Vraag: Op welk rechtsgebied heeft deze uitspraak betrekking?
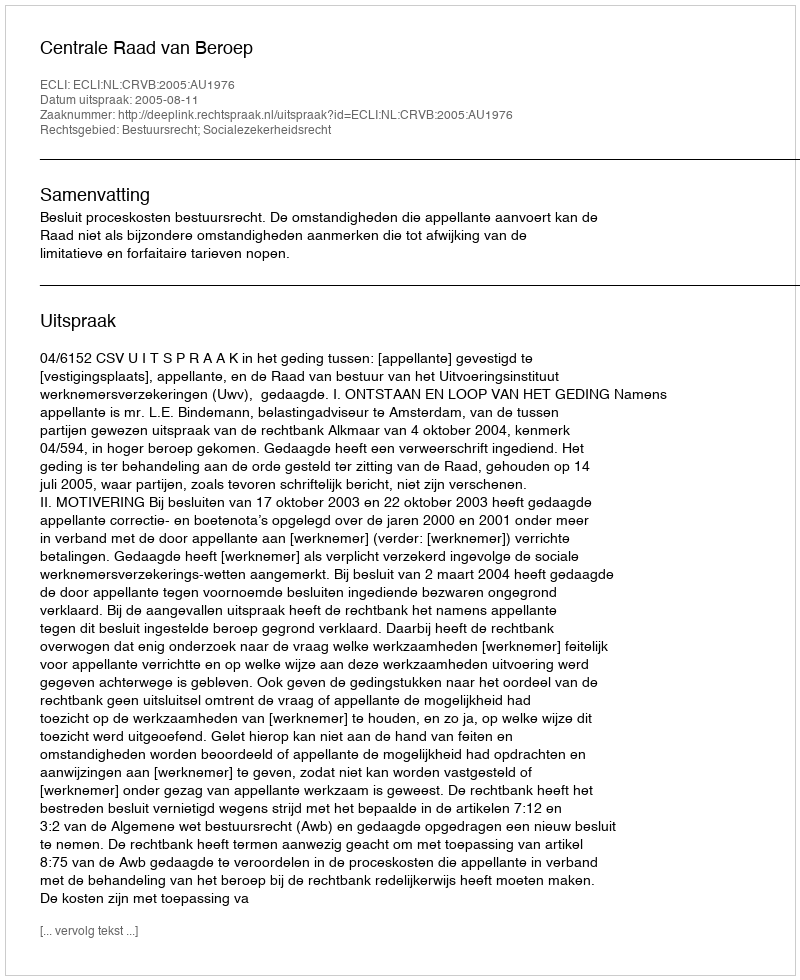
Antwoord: Bestuursrecht; Socialezekerheidsrecht